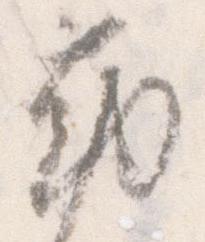
勤